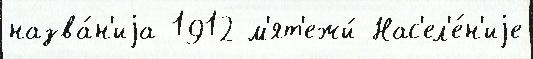
назва́н'иjа 1912 м'ят'ежи́ Нас'ел'е́н'иjе